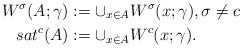
LaTeX: \begin{align*}W^{\sigma}(A;\gamma)&:=\cup_{x\in A}W^{\sigma}(x;\gamma),\sigma\neq c\\sat^c(A)&:=\cup_{x\in A}W^{c}(x;\gamma).\end{align*}